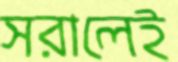
সরালেই